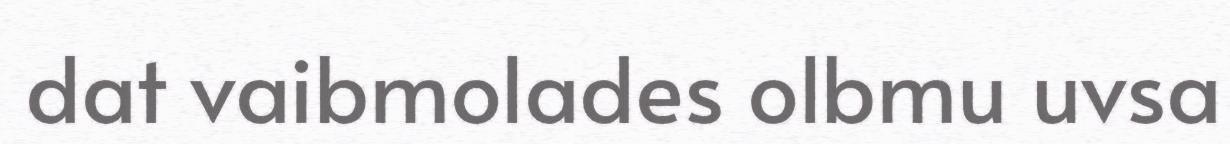
dat vaibmolades olbmu uvsa